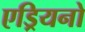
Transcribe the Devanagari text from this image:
एड्रियनो